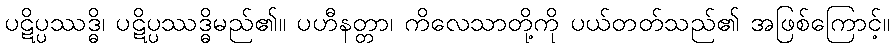
ပဋိပ္ပဿဒ္ဓိ၊ ပဋိပ္ပဿဒ္ဓိမည်၏။ ပဟီနတ္တာ၊ ကိလေသာတို့ကို ပယ်တတ်သည်၏ အဖြစ်ကြောင့်။